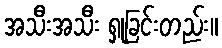
အသီးအသီး ရှုခြင်းတည်း။